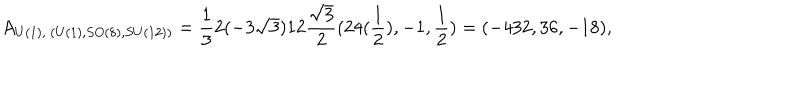
LaTeX: A _ { U ( 1 ) , ~ ( U ( 1 ) , S O ( 8 ) , S U ( 1 2 ) ) } = \frac { 1 } { 3 } 2 ( - 3 \sqrt { 3 } ) 1 2 \frac { \sqrt { 3 } } { 2 } ( 2 4 ( \frac { 1 } { 2 } ) , - 1 , \frac { 1 } { 2 } ) = ( - 4 3 2 , 3 6 , - 1 8 ) ,